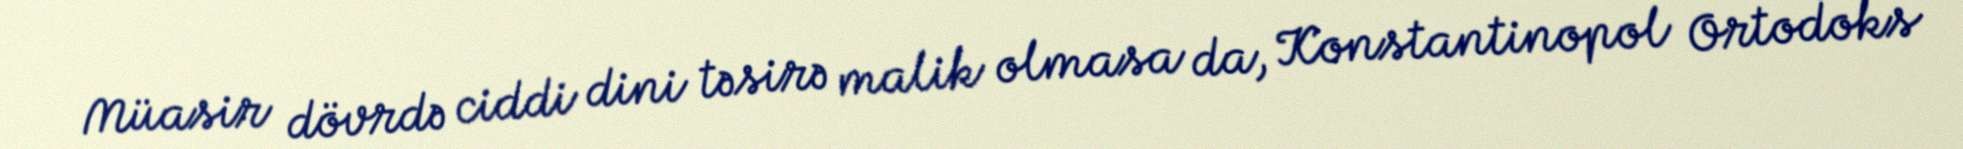
Müasir dövrdə ciddi dini təsirə malik olmasa da, Konstantinopol Ortodoks